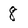
Character: 8